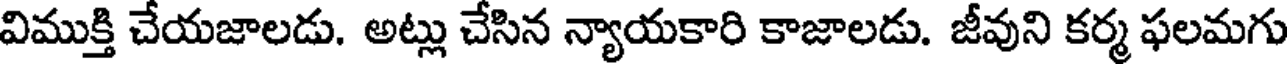
విముక్తి చేయజాలడు. అట్లు చేసిన న్యాయకారి కాజాలడు. జీవుని కర్మ ఫలమగు